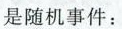
是随机事件：